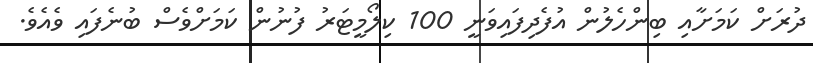
ދުރަށް ކަމަށާއި ބިންހެލުން އުފެދިފައިވަނީ 100 ކިލޯމީޓަރު ފުނުން ކަމަށްވެސް ބުނެފައި ވެއެވެ.